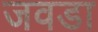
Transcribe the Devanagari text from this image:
जवडा